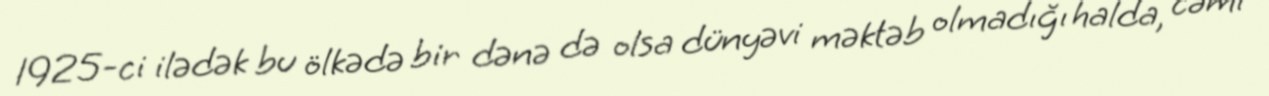
1925-ci ilədək bu ölkədə bir dənə də olsa dünyəvi məktəb olmadığı halda, cəmi